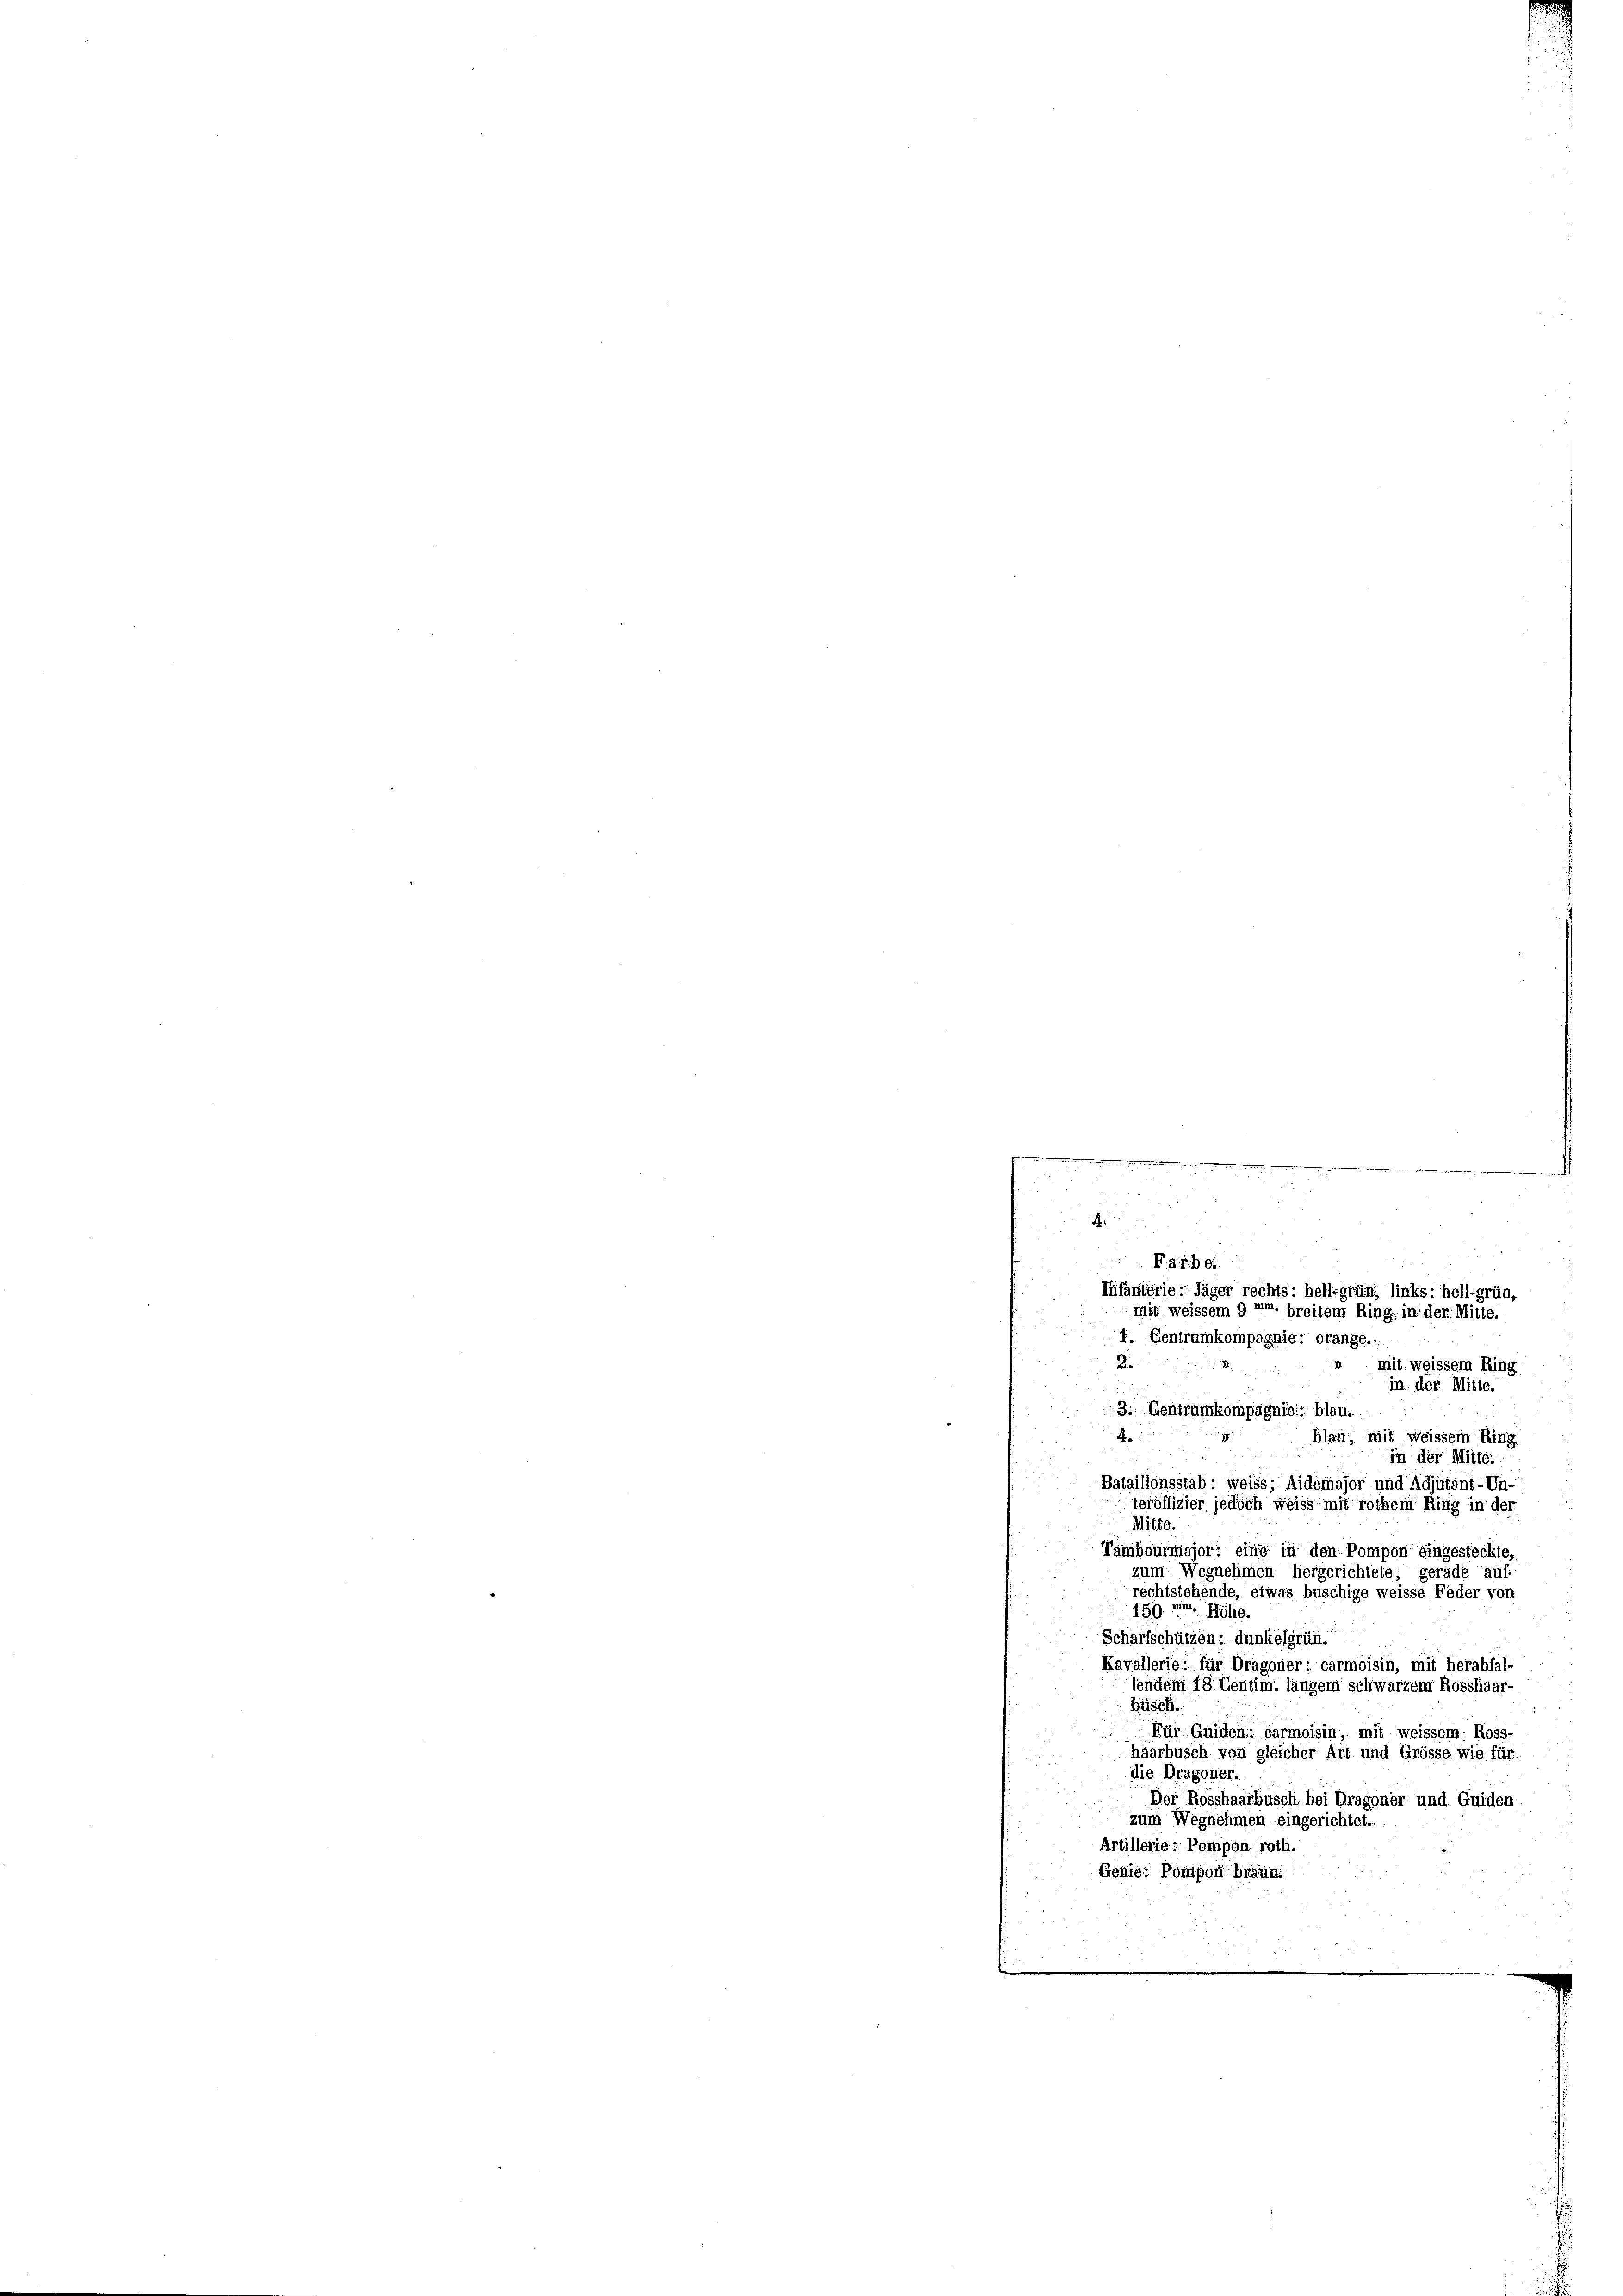
520
4
Farbei.

f. Centrumkompagnie: orange.
2.
» mit weissem Ring
in. der Mitte.
3. Centrumkompagnie blau.
4
blait; mit weissem Ring
in der Mitte:
Bataillonsstab - weiss; Aidemajor und Adjutant-Un-
teröffizier jedoch weiss mit rothem Ring in der
Mitte
Tambourmajor, eine in den Pompon eingesteckte,
zum Wegnehmen hergerichtete, gerade auf
rechtstehende, etwas buschige weisse Feder von
159 am Höhe
Scharfschützen: dunkelgrüh.
Kavallerie: für Dragoner: carmoisin, mit herabfal-
fendem 18. Centim. längem schwarzem Rosshaar-
hüsch
Für Guiden: Parmoisin, mit weissem. Ross-
haarbusch von gleicher Art und Grösse wie für
die Dragoner.
Der Rosshaarbusch bei Dragoner und Guider
zum Wegnehmen eingerichtet.
Artillerie: Pompon roth.
Genie: Pönison bräun

Infantérie: Jäger rechts: hellgrün, links: hellgrün,
Mit weissem 9 u. breitem Ring, in der Mitte.